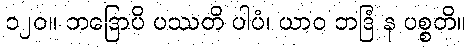
၁၂၀။ ဘဒြောပိ ပဿတိ ပါပံ၊ ယာဝ ဘဒြံ န ပစ္စတိ။